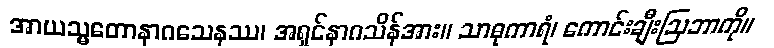
အာယသ္မတောနာဂသေနဿ၊ အရှင်နာဂသိန်အား။ သာဓုကာရံ၊ ကောင်းချီးဩဘာကို။